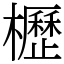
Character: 櫪